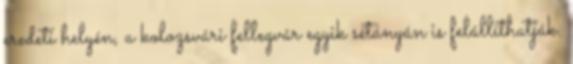
eredeti helyén, a kolozsvári fellegvár egyik sétányán is felállíthatják.